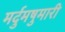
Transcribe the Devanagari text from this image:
मर्दुमषुमारी